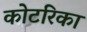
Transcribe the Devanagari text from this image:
कोटरिका